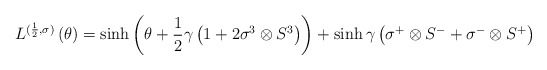
\begin{align*}L^{({1 \over 2},\sigma)}\left( \theta \right)=\sinh{\left( \theta+{1 \over 2}\gamma\left( 1+2 \sigma^3\otimes S^3 \right)\right)}+\sinh{\gamma}\left( \sigma^+\otimes S^- +\sigma^-\otimes S^+ \right)\end{align*}